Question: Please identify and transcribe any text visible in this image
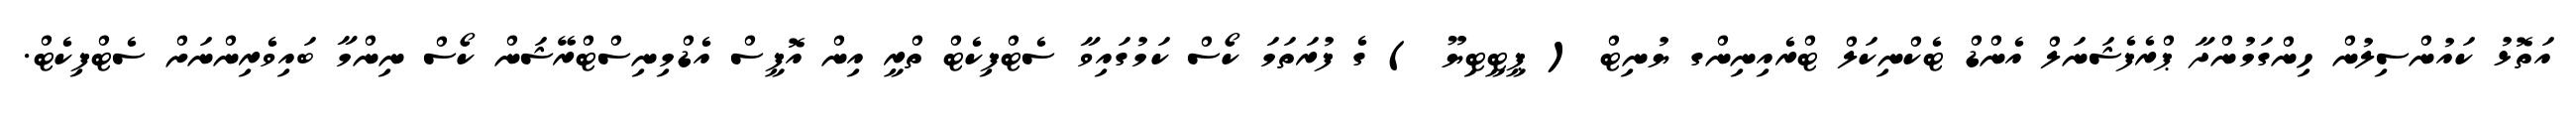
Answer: އަތޮޅު ކައުންސިލުން ހިންގަމުންދާ ޕްރެފެޝަނަލް އެންޑް ޓެކްނިކަލް ޓްރެއިނިންގ ޔުނިޓް ( ޕީޓީޓިޔޫ ) ގެ ފުރަތަމަ ކޯސް ކަމުގައިވާ ސެޓްފިކެޓް ތްރީ އިން އޮފީސް އެޑްމިނިސްޓްރޭޝަން ކޯސް ނިންމާ ބައިވެރިންނަށް ސެޓްފިކެޓް.